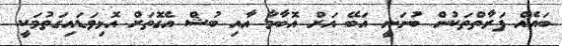
ބައެއް ފަރާތްތަކުން ބުނަނީ އަބޭ އަށް އޮބާމާ އާއި ބުޝް އެގޮތަށް އޮޅިވަޑައިގަތުމަކީ